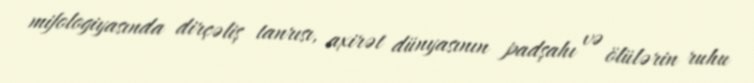
mifologiyasında dirçəliş tanrısı, axirət dünyasının padşahı və ölülərin ruhu